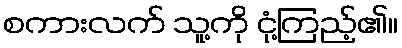
စကားလက် သူ့ကို ငုံ့ကြည့်၏။